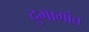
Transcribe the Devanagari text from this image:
दुभागांत